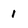
Character: 1